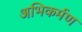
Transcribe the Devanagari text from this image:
अभिकर्मण